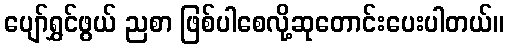
ပျော်ရွှင်ဖွယ် ညစာ ဖြစ်ပါစေလို့ဆုတောင်းပေးပါတယ်။